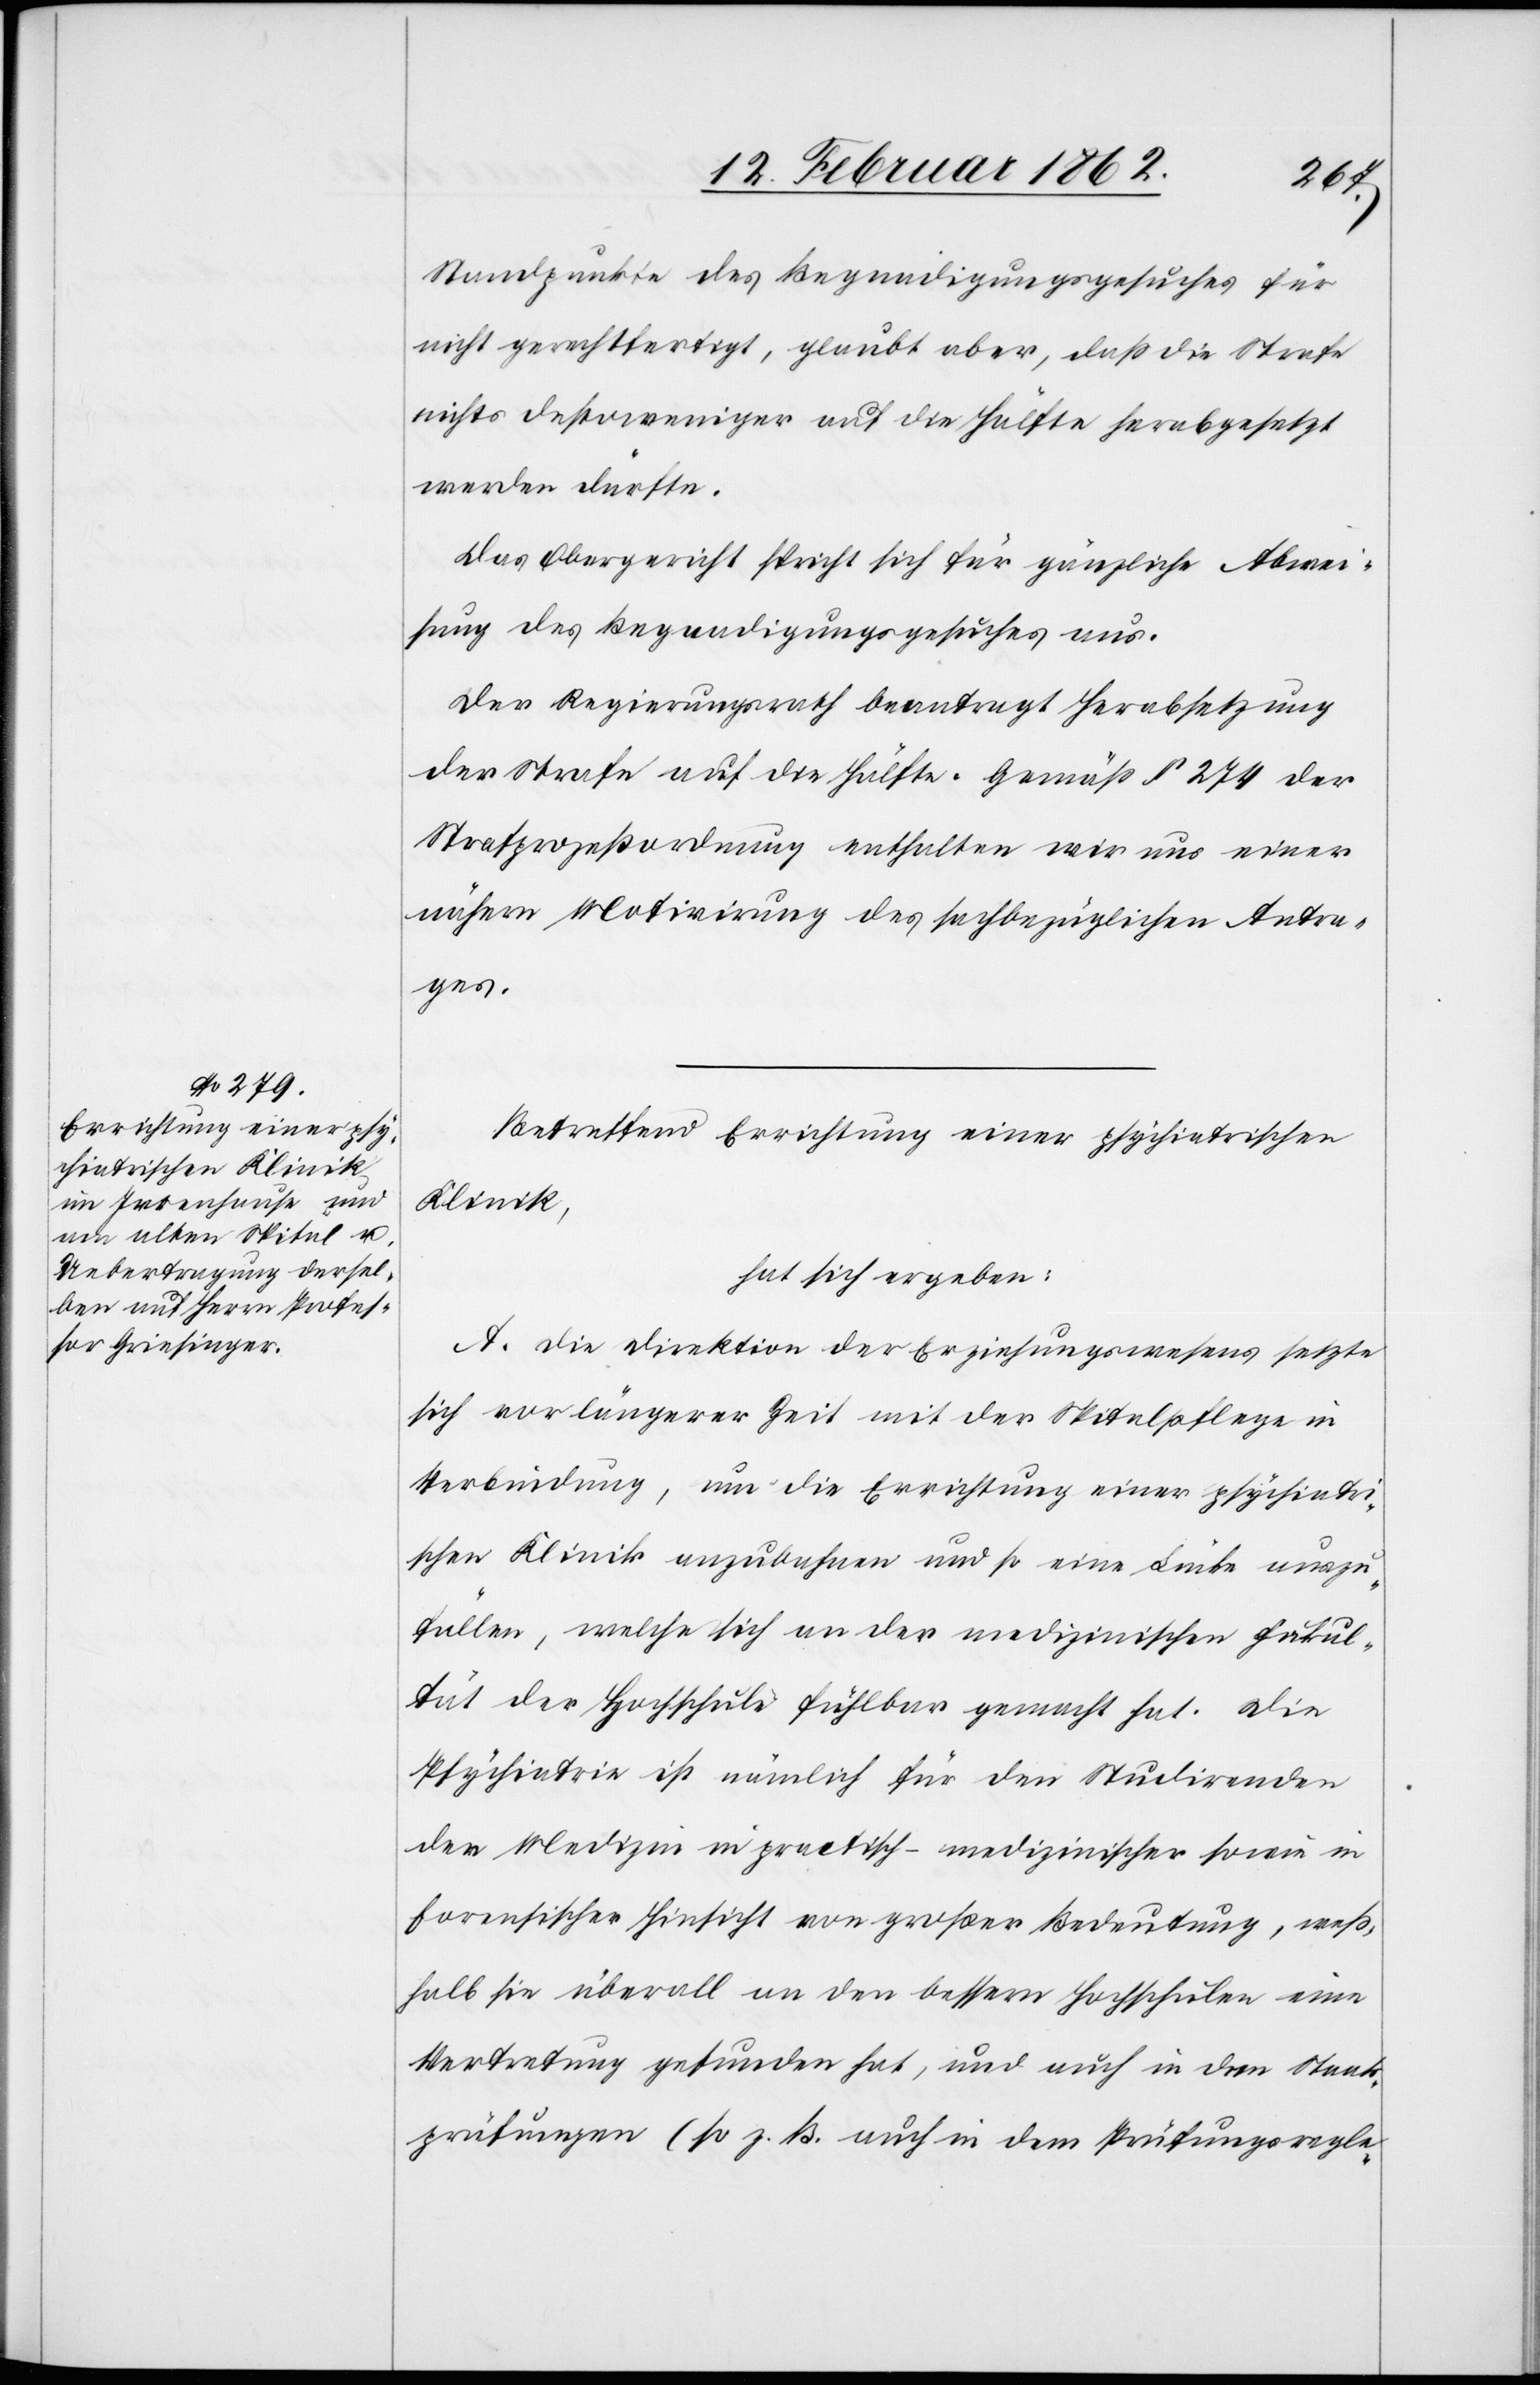
Standpunkte des Begnadigungsgesuches für
nicht gerechtfertigt, glaubt aber, daß die Strafe
nichts destoweniger auf die Hälfte herabgesetzt
werden dürfte.
Das Obergericht spricht sich für gänzliche Abwei¬
sung des Begnadigungsgesuches aus.
Der Regierungsrath beantragt Herabsetzung
der Strafe auf die Hälfte. Gemäß § 274 der
Strafprozeßordnung enthalten wir aus einer
nähern Motivirung des sachbezüglichen Antra¬
ges.
Betreffend Errichtung einer psychiatrischen
Klinik,
hat sich ergeben:
A. Die Direktion des Erziehungswesens setzte
sich vor längerer Zeit mit der Spitalpflege in
Verbindung, um die Errichtung einer psychiatri¬
schen Klinik anzubahnen und so eine Lücke auszu¬
füllen, welche sich an der medizinischen Fakul¬
tät der Hochschule fühlbar gemacht hat. Die
Psychiatrie ist nämlich für den Studirenden
der Medizin in practisch-medizinischer sowie in
forensischer Hinsicht von großer Bedeutung, weß¬
halb sie überall an den bessern Hochschulen eine
Vertretung gefunden hat, und auch in den Staats¬
prüfungen (so z. B. auch in dem Prüfungsregle-